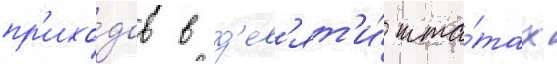
пр'ихо́дов в д'ев'ят'и́ шта́тах